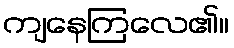
ကျနေကြလေ၏။